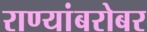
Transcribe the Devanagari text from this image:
राण्यांबरोबर